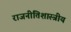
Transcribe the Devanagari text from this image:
राजनीतिशास्त्रीय